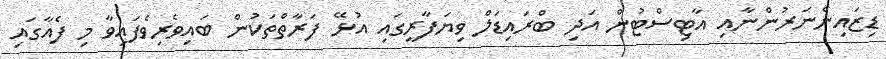
ޑިޒައިންނަރުންނާއި އާޓިސްޓުން އަދި ބްރައިޑަލް ވިޔަފާރީގައި އުޅޭ ފަރާތްތަކުން ބައިވެރިވެފައިވާ މި ފެއާގައި